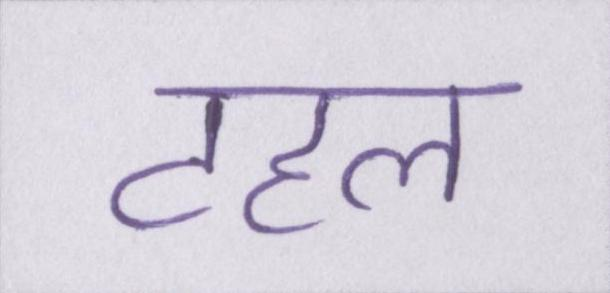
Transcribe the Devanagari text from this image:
टहल